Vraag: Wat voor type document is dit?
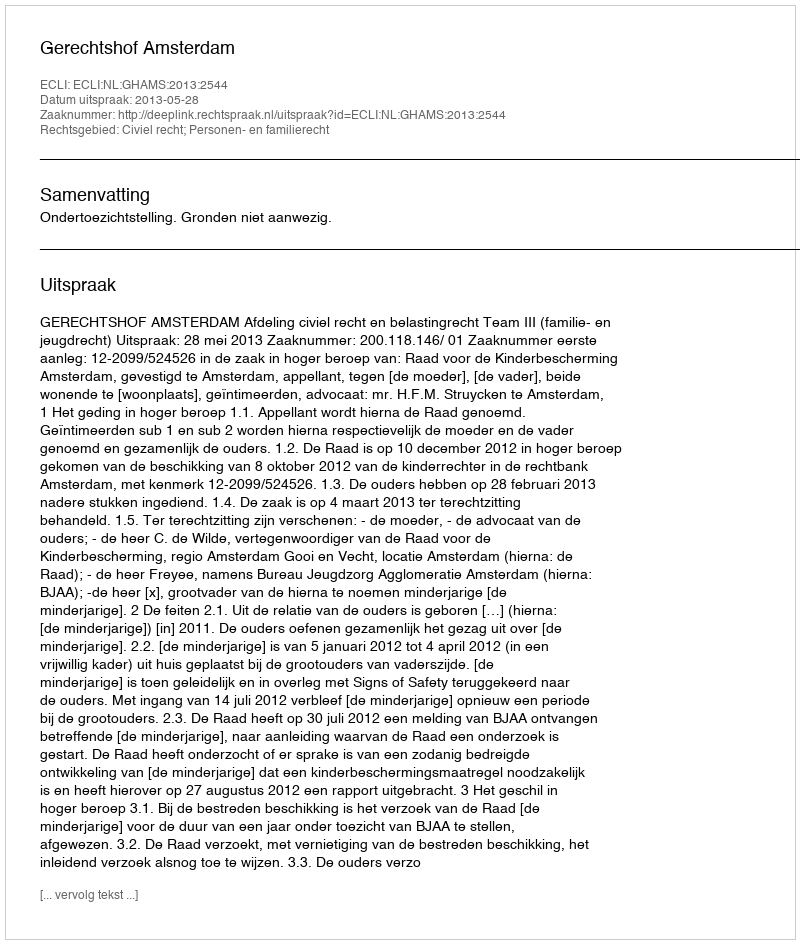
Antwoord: Uitspraak